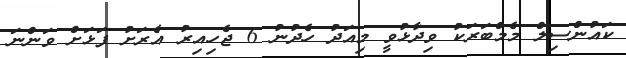
ކައުންސިލް މެމްބަރަކު ވިދާޅުވީ މިއަދު ހެދުނު 6 ޖެހިއިރު އެރަށު ފަޅަށް ވަންނަ